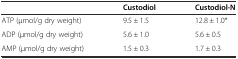
<table><thead><tr><td></td><td><b>Custodiol</b></td><td><b>Custodiol-N</b></td></tr></thead><tbody><tr><td>ATP (μmol/g dry weight)</td><td>9.5 ± 1.5</td><td>12.8 ± 1.0*</td></tr><tr><td>ADP (μmol/g dry weight)</td><td>5.6 ± 1.0</td><td>5.6 ± 0.5</td></tr><tr><td>AMP (μmol/g dry weight)</td><td>1.5 ± 0.3</td><td>1.7 ± 0.3</td></tr></tbody></table>